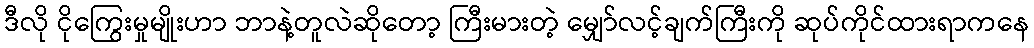
ဒီလို ငိုကြွေးမှုမျိုးဟာ ဘာနဲ့တူလဲဆိုတော့ ကြီးမားတဲ့ မျှော်လင့်ချက်ကြီးကို ဆုပ်ကိုင်ထားရာကနေ